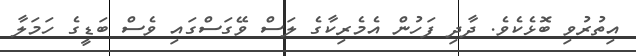
އިތުރުވި ބޮޅެކެވެ. ދާދި ފަހުން އެމެރިކާގެ ލަސް ވޭގަސްގައި ވެސް ބަޑީގެ ހަމަލާ